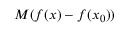
M ( f ( x ) - f ( x _ { 0 } ) )